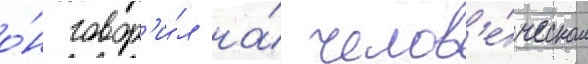
о́н говор'и́л на́ челов'е́ческом